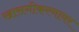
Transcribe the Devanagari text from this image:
खासगीकरणावर